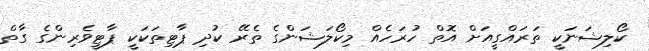
ކޯލިޝަނަކީ ތަރައްގީއަށް އޮތް ހުރަހެއް މިކޯލަޝަންގެ ތެރޭ ކުދި ޕާޓިތަކަކީ ޕާޓީވެރިންގެ ގާތް